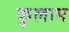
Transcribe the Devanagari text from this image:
कुलाम